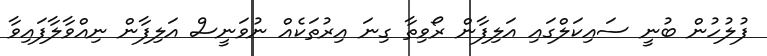
ފުލުހުން ބުނީ ސައިކަލްގައި އަލިފާން ރޯވިތާ ގިނަ އިރުތަކެއް ނުވަނީސް އަލިފާން ނިއްވާލާފައިވާ